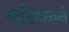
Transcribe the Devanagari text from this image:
मुखियाने